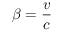
\beta = \frac { v } { c }